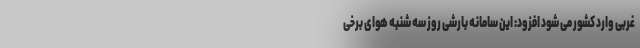
غربی وارد کشور می شود افزود: این سامانه بارشی روز سه شنبه هوای برخی